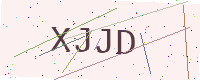
Text: XJJD